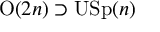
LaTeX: \mathrm { O } ( 2 n ) \supset \mathrm { U S p } ( n )